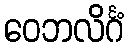
ဝေဘလိင်္ဂံ